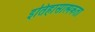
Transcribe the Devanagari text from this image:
इतिहासात्मकता